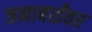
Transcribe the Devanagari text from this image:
जनाबाईंवर